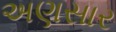
અણસાર